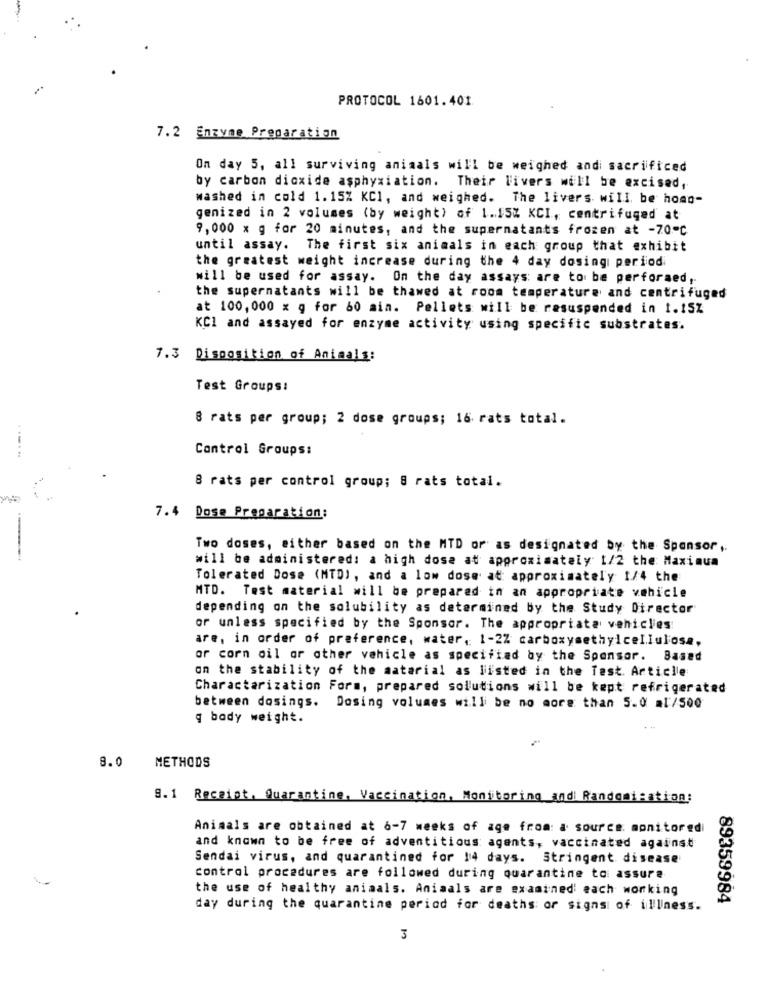
PROTOCOL 1601.401
7.2 Enzyme Preparation
On day 5, all surviving animals will be weighed andi sacrificed
by carbon dioxide asphyxiation. Their livers will be excised,
washed in cold 1.15% KC1, and weighed. The livers will be homo-
genized in 2 volumes (by weight) of 1.15% KCI, centrifuged at
9, 000 x g for 20 minutes, and the supernatants frozen at -70-℃
until assay. The first six animals in each group that exhibit
the greatest weight increase during the 4 day dosing period
will be used for assay. On the day assays: are to be performed,
the supernatants will be thawed at room temperature and centrifuged
at 100,000 x g for 60 ain. Pellets will be resuspended in 1.15%
KCI and assayed for enzyme activity using specific substrates.
7.3 Disposition of Animals:
Test Groups:
8 rats per group; 2 dose groups; 16 rats total.
Control Groups:
---...
8 rats per control group; 8 rats total.
Dose Preparation:
Two doses, either based on the MTD or as designated by the Sponsor ..
will be administered: a high dose at approximately 1/2 the Maximum
Tolerated Dose (MTD), and a low dose at approximately 1/4 the
MTD. Test material will be prepared in an appropriate vehicle
depending on the solubility as determined by the Study Director
or unless specified by the Sponsor. The appropriate vehicles:
are, in order of preference, water, 1-2% carboxymethylcellulose,
or corn oil or other vehicle as specified by the Sponsor. Based
on the stability of the material as listed in the Test. Article
Characterization Form, prepared solutions will be kept refrigerated
between dosings. Dosing volumes will be no more than 5.0 al/500
q body weight.
METHODS
8.0
S. 1 Receipt, Quarantine, Vaccination, Monitoring and Randomization:
Animals are obtained at 6-7 weeks of age from: a source. monitoredi
and known to be free of adventitious agents, vaccinated against
Sendai virus, and quarantined for 14 days. Stringent disease
control procedures are followed during quarantine to assure
the use of healthy aniaals. Aniaals are examined' each working
89359984
day during the quarantine period for deaths or signs of illness.
3